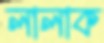
লালাক